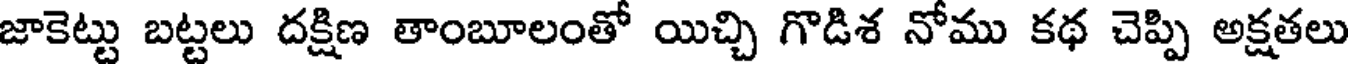
జాకెట్టు బట్టలు దక్షిణ తాంబూలంతో యిచ్చి గొడిశ నోము కథ చెప్పి అక్షతలు